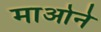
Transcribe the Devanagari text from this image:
माओने